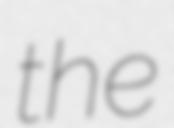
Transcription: the